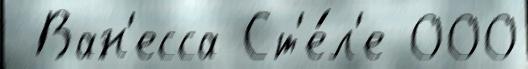
 Ван'есса Ст'е́л'е 000